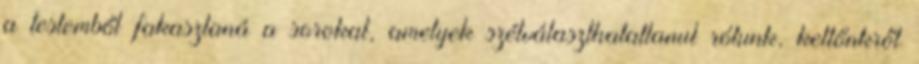
a testemből fakasztaná a sorokat, amelyek szétválaszthatatlanul rólunk, kettőnkről